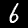
Digit: 6